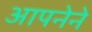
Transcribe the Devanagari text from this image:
आपनेने